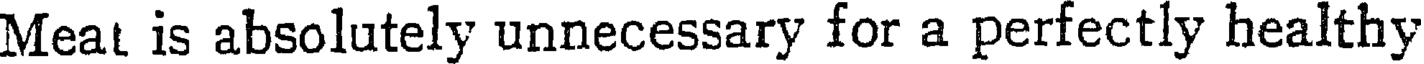
Meat is absolutely unnecessary for a perfectly healthy